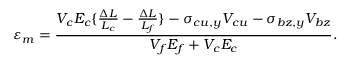
\varepsilon _ { m } = { \frac { V _ { c } E _ { c } \{ { \frac { \Delta L } { L _ { c } } } - { \frac { \Delta L } { L _ { f } } } \} - \sigma _ { c u , y } V _ { c u } - \sigma _ { b z , y } V _ { b z } } { V _ { f } E _ { f } + V _ { c } E _ { c } } } .